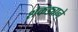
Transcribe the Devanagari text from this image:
शेकड्याने